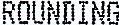
ROUNDING